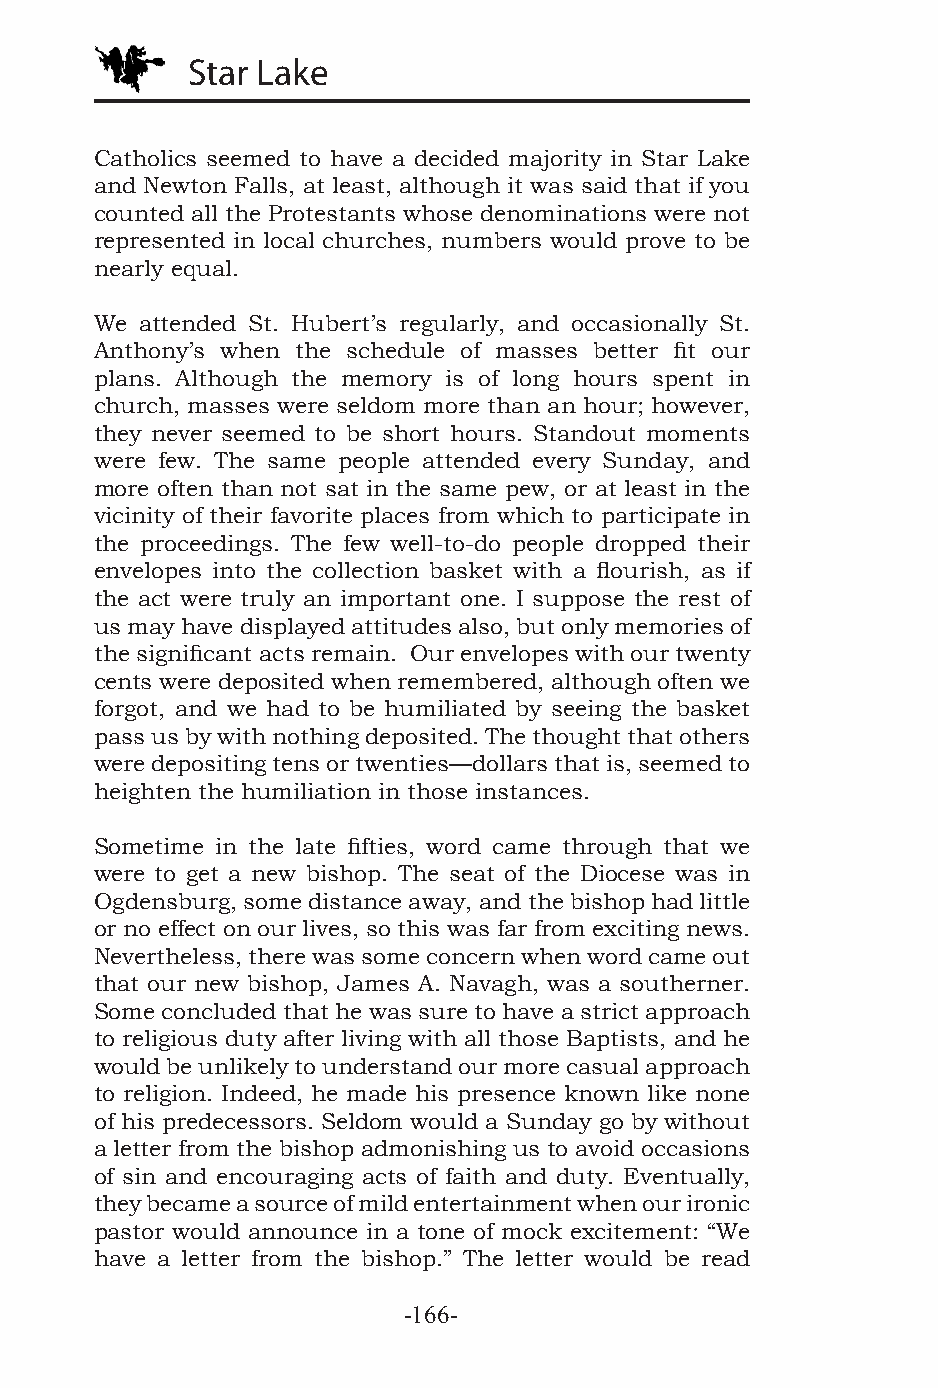
Star Lake
 Catholics seemed to have a decided majority in Star Lake
 and Newton Falls, at least, although it was said that if you
 counted all the Protestants whose denominations were not
 represented in local churches, numbers would prove to be
 nearly equal.
 We attended St. Hubert’s regularly, and occasionally St.
 Anthony’s when the schedule of masses better fit our
 plans. Although the memory is of long hours spent in
 church, masses were seldom more than an hour; however,
 they never seemed to be short hours. Standout moments
 were few. The same people attended every Sunday, and
 more often than not sat in the same pew, or at least in the
 vicinity of their favorite places from which to participate in
 the proceedings. The few well-to-do people dropped their
 envelopes into the collection basket with a flourish, as if
 the act were truly an important one. I suppose the rest of
 us may have displayed attitudes also, but only memories of
 the significant acts remain. Our envelopes with our twenty
 cents were deposited when remembered, although often we
 forgot, and we had to be humiliated by seeing the basket
 pass us by with nothing deposited. The thought that others
 were depositing tens or twenties—dollars that is, seemed to
 heighten the humiliation in those instances.
 Sometime in the late fifties, word came through that we
 were to get a new bishop. The seat of the Diocese was in
 Ogdensburg, some distance away, and the bishop had little
 or no effect on our lives, so this was far from exciting news.
 Nevertheless, there was some concern when word came out
 that our new bishop, James A. Navagh, was a southerner.
 Some concluded that he was sure to have a strict approach
 to religious duty after living with all those Baptists, and he
 would be unlikely to understand our more casual approach
 to religion. Indeed, he made his presence known like none
 of his predecessors. Seldom would a Sunday go by without
 a letter from the bishop admonishing us to avoid occasions
 of sin and encouraging acts of faith and duty. Eventually,
 they became a source of mild entertainment when our ironic
 pastor would announce in a tone of mock excitement: “We
 have a letter from the bishop.” The letter would be read
 -166-